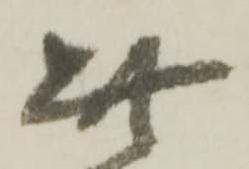
此